Annual administration report of the Civil Veterinary Department of India - 1899-1900
Year: 1899
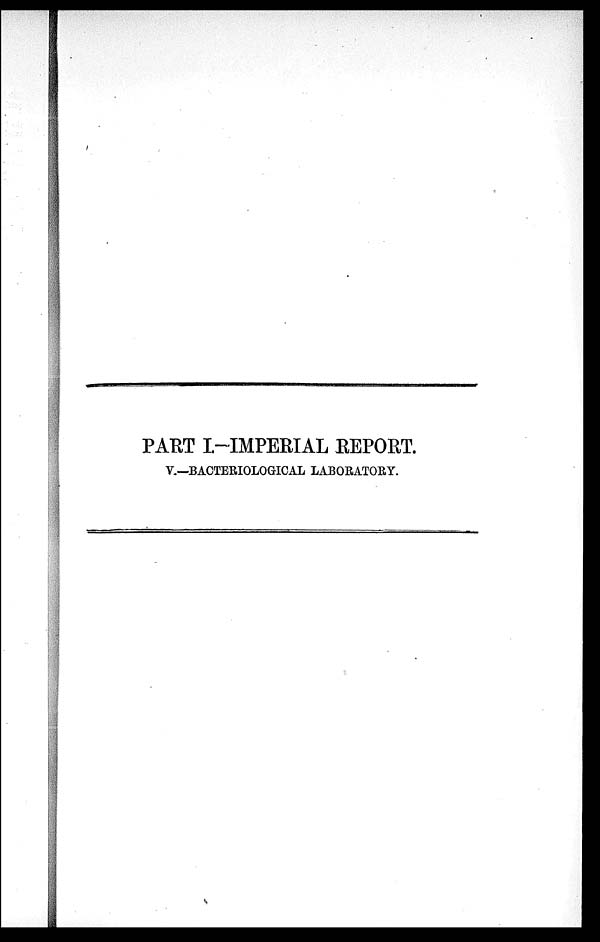
PART I.-IMPERIAL REPORT.
V.—BACTERIOLOGICAL LABORATORY.